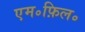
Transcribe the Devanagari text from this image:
एम॰फ़िल॰